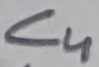
Text: C4